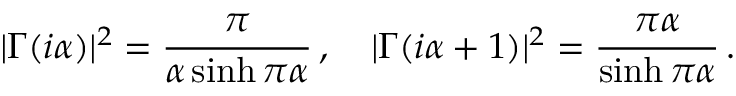
| \Gamma ( i \alpha ) | ^ { 2 } = \frac { \pi } { \alpha \sinh \pi \alpha } \, , \quad | \Gamma ( i \alpha + 1 ) | ^ { 2 } = \frac { \pi \alpha } { \sinh \pi \alpha } \, .